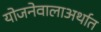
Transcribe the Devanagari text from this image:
योजनेवालाअर्थात